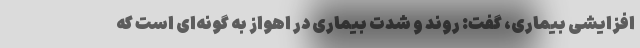
افزایشی بیماری، گفت: روند و شدت بیماری در اهواز به گونه‌ای است که